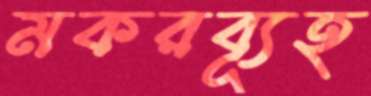
মকরব্যূহ